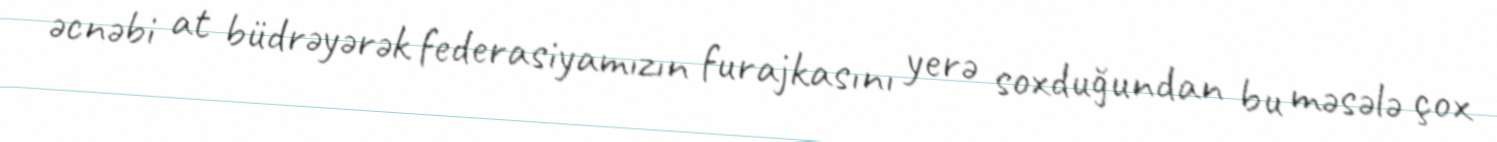
əcnəbi at büdrəyərək federasiyamızın furajkasını yerə soxduğundan bu məsələ çox